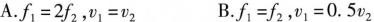
A.$$f _ { 1 } = 2 f _ { 2 }$$，$$v _ { 1